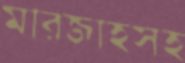
মারজাহসহ